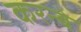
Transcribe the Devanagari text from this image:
करन्बे